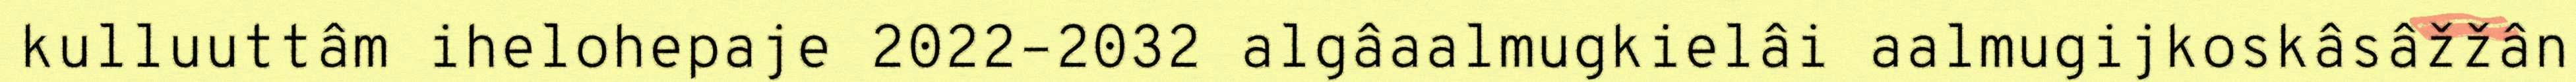
kulluuttâm ihelohepaje 2022–2032 algâaalmugkielâi aalmugijkoskâsâžžân